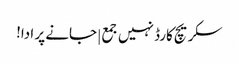
سکریچ کارڈ نہیں جمع | جانے پر ادا!